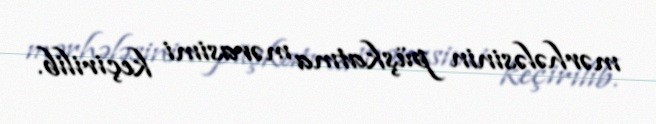
mərhələsinin püşkatma mərasimi keçirilib.